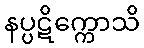
နပ္ပဋိက္ကောသိ